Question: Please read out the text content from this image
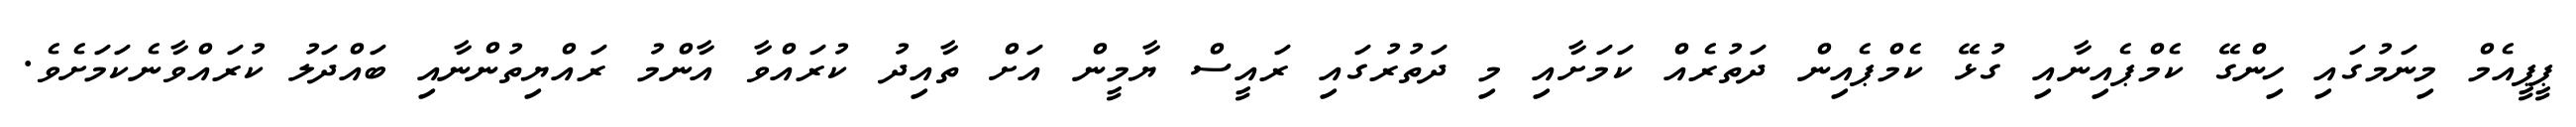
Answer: ޕީޕީއެމް މިނަމުގައި ހިންގޭ ކެމްޕެއިނާއި ގުޅޭ ކެމްޕެއިން ދަތުރެއް ކަމަށާއި މި ދަތުރުގައި ރައީސް ޔާމީން އަށް ތާއިދު ކުރައްވާ އާންމު ރައްޔިތުންނާއި ބައްދަލު ކުރައްވާނެކަމަށެވެ.